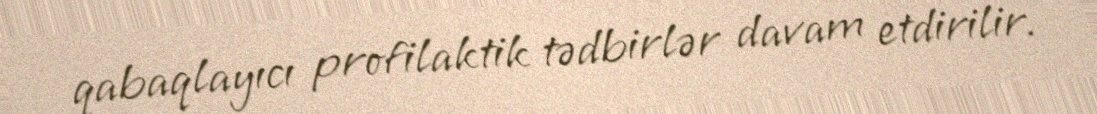
qabaqlayıcı profilaktik tədbirlər davam etdirilir.